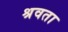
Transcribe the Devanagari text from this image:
श्रवता